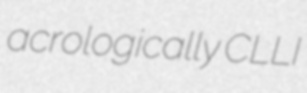
acrologically CLLI